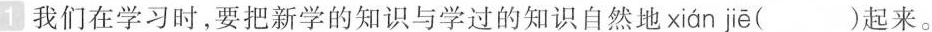
1 我们在学习时，要把新学的知识与学过的知识自然地 xián jiē ()起来。